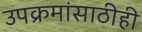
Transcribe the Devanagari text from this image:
उपक्रमांसाठीही